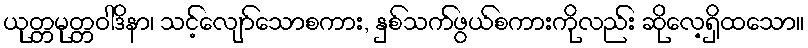
ယုတ္တမုတ္တဝါဒိနာ၊ သင့်လျော်သောစကား, နှစ်သက်ဖွယ်စကားကိုလည်း ဆိုလေ့ရှိထသော။